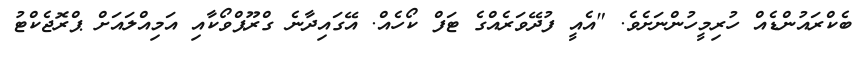
ބެކްރައުންޑެއް ހުރިމީހުންނަށެވެ. "އެއީ ފުދޭވަރެއްގެ ޓަފް ކޯހެއް. އޭގައިދާނެ ގްރޫޕްވޯކާއި އަމިއްލައަށް ޕްރޮޖެކްޓު